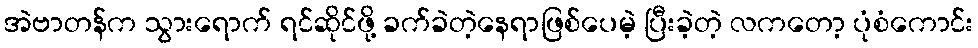
အဲဗာတန်က သွားရောက် ရင်ဆိုင်ဖို့ ခက်ခဲတဲ့နေရာဖြစ်ပေမဲ့ ပြီးခဲ့တဲ့ လကတော့ ပုံစံကောင်း